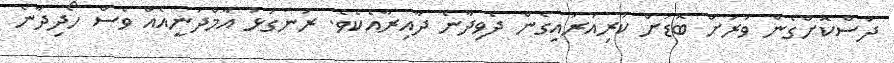
ދަސްކޮށްގެން ވަރަށް ބޮޑަށް ކުރިއަރައިގެން ދެވިދާނެ ދާއިރާއެކެވެ. ރަނގަޅު އާމްދަނީއެއް ވެސް ހޯދިދާނެ